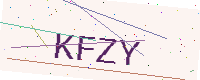
Text: KFZY